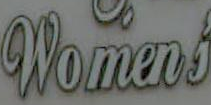
Womens